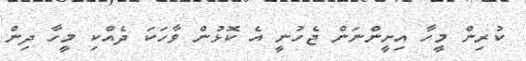
ކުރިން މީހާ އިށީންނަން ޖެހުނީ އެ ކޮޅުން ވާހަކަ ދެއްކި މީހާ ދިން